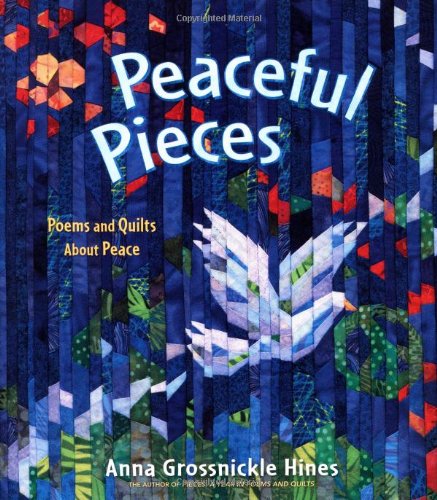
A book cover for Peaceful Pieces: Poems and Quilts About Peace; Anna Grossnickle Hines; Children's Books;